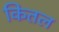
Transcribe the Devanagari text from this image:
कितल